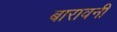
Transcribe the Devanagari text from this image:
बारावनी